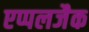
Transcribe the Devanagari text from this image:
एप्पलजैक